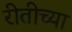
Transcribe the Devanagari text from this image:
रीतीच्या